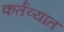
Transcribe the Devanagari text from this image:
कर्तव्यात